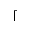
\lceil